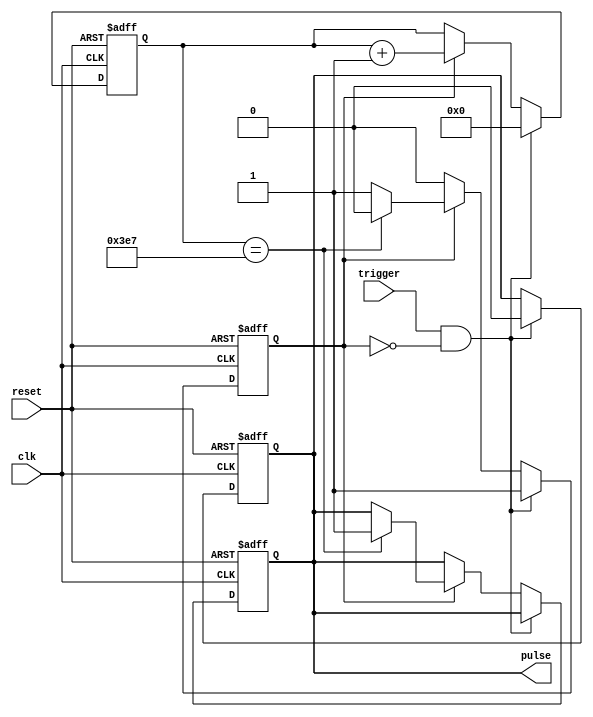
module one_shot_timer(
    input trigger,
    input clk,
    input reset,
    output reg pulse
);

reg [15:0] counter;
reg active;

always @(posedge clk or posedge reset) begin
    if (reset) begin
        counter <= 16'd0;
        active <= 1'b0;
        pulse <= 1'b0;
    end else begin
        if (trigger && !active) begin
            active <= 1'b1;
            counter <= 16'd0;
        end else if (active) begin
            counter <= counter + 1;
            if (counter == 16'd999) begin
                pulse <= 1'b1;
                active <= 1'b0;
            end
        end
    end
end

// Synchronization block to prevent glitches
always @(posedge clk or posedge reset) begin
    if (reset) begin
        pulse <= 1'b0;
    end else begin
        if (trigger && !active) begin
            pulse <= 1'b0;
        end
    end
end

endmodule